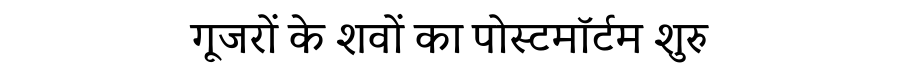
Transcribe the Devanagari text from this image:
गूजरों के शवों का पोस्टमॉर्टम शुरु